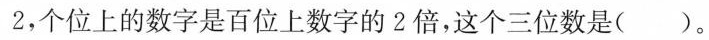
2，个位上的数字是百位上数字的2倍，这个三位数是( )。